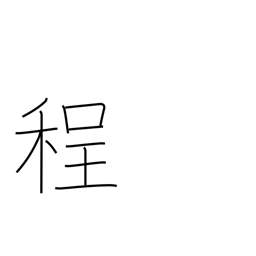
Meaning: degree